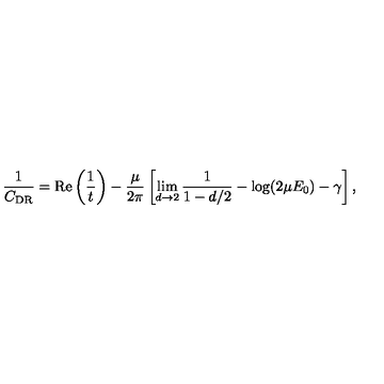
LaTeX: \frac { 1 } { C _ { \mathrm { D R } } } = \mathrm { R e } \left( \frac { 1 } { t } \right) - \frac { \mu } { 2 \pi } \left[ \lim _ { d \rightarrow 2 } \frac { 1 } { 1 - d / 2 } - \log ( 2 \mu E _ { 0 } ) - \gamma \right] ,